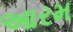
આરમ